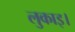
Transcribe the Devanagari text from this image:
लुकाइ।